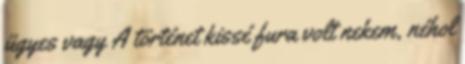
ügyes vagy A történet kissé fura volt nekem, néhol